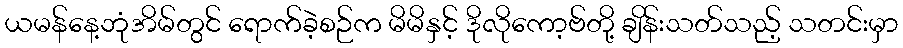
ယမန်နေ့ဘုံအိမ်တွင် ရောက်ခဲ့စဉ်က မိမိနှင့် ဒိုလိုကော့ဗ်တို့ ချိန်းသတ်သည့် သတင်းမှာ